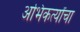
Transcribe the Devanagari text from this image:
अभिकर्त्यांचा